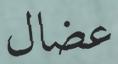
عضال